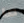
ما